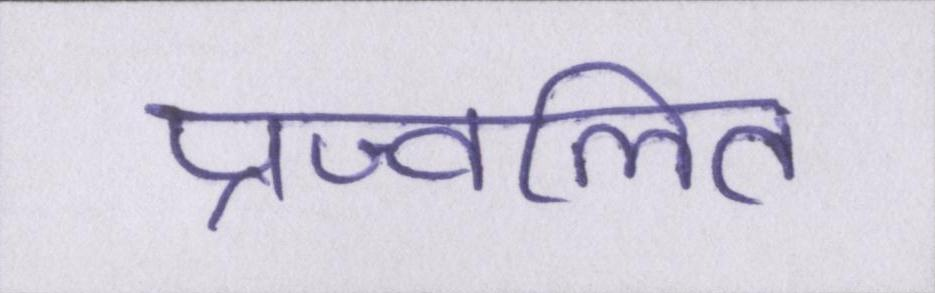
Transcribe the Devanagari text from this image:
प्रज्वलित